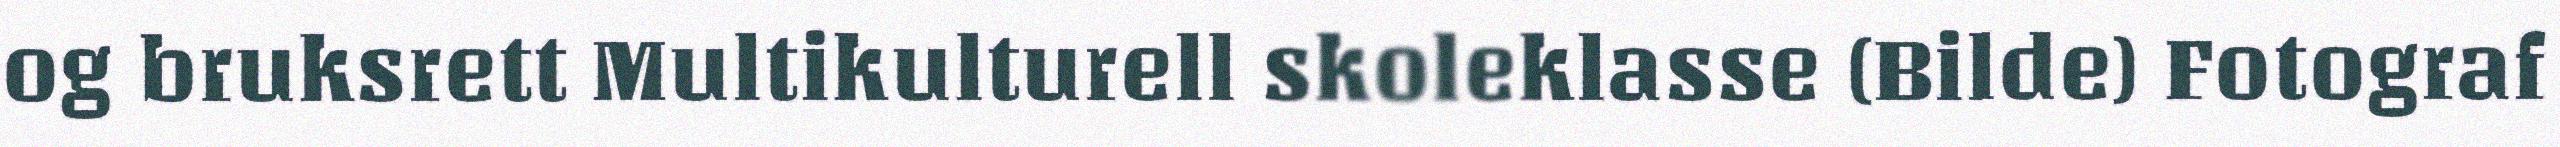
og bruksrett Multikulturell skoleklasse (Bilde) Fotograf